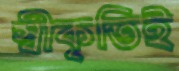
স্বীকৃতিই